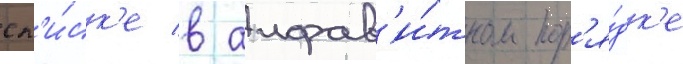
сп'и́ск'е в алфав'и́тном пор'я́дк'е